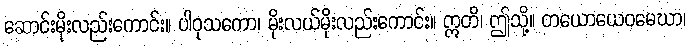
ဆောင်းမိုးလည်းကောင်း။ ပါဝုသကော၊ မိုးလယ်မိုးလည်းကောင်း။ ဣတိ၊ ဤသို့။ တယောယေဝမေဃာ၊